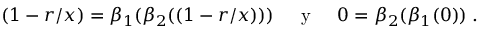
( 1 - r / x ) = \beta _ { 1 } ( \beta _ { 2 } ( ( 1 - r / x ) ) ) \; \; \; \; { \mathrm { ~ y ~ } } \; \; \; \; 0 = \beta _ { 2 } ( \beta _ { 1 } ( 0 ) ) \; .